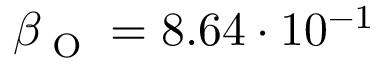
\beta _ { \textup { O } } = 8 . 6 4 \cdot 1 0 ^ { - 1 }